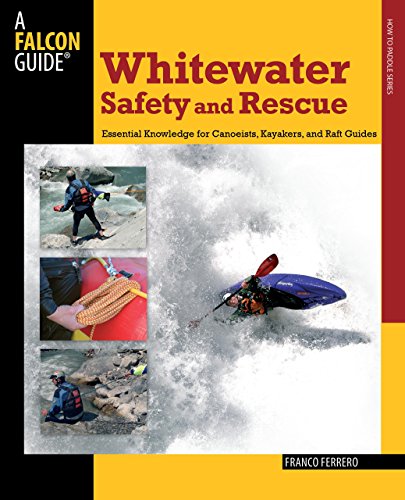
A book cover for Whitewater Safety and Rescue: Essential Knowledge For Canoeists, Kayakers, And Raft Guides (Paddling Series); Franco Ferrero; Sports & Outdoors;